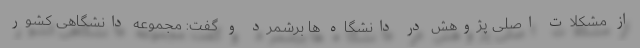
از مشکلات اصلی پژوهش در دانشگاه ها برشمرد و گفت: مجموعه دانشگاهی کشور